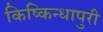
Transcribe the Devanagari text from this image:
किष्किन्धापुरी